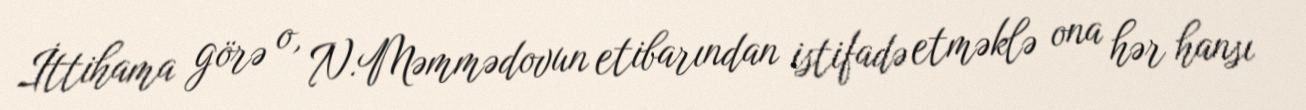
İttihama görə o, N.Məmmədovun etibarından istifadə etməklə ona hər hansı